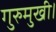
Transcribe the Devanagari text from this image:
गुरुमुखी।